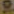
9